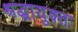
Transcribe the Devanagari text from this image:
श्रद्धायुक्तः